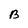
Character: B